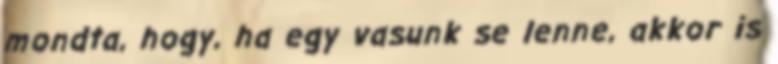
mondta, hogy, ha egy vasunk se lenne, akkor is